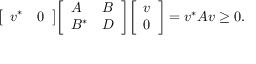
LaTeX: { \left[ \begin{array} { l l } { v ^ { * } } & { 0 } \end{array} \right] } { \left[ \begin{array} { l l } { A } & { B } \\ { B ^ { * } } & { D } \end{array} \right] } { \left[ \begin{array} { l } { v } \\ { 0 } \end{array} \right] } = v ^ { * } A v \geq 0 .